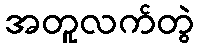
အတူလက်တွဲ